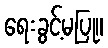
ရေးခွင့်မပြု။